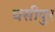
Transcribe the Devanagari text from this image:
घसीपुर